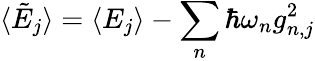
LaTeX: \langle\tilde{E}_{j}\rangle=\langle E_{j}\rangle-\sum_{n}\hbar\omega_{n}g_{n,j}^{2}